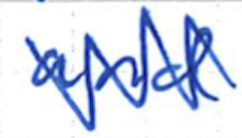
Text: and
Cross-out: zig-zag
Writing tool: ballpoint